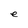
Character: e